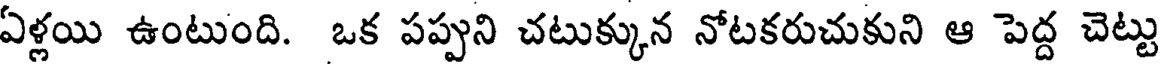
ఏళ్లయి ఉంటుంది. ఒక పప్పుని చటుక్కున నోటకరుచుకుని ఆ పెద్ద చెట్టు